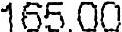
165.00